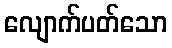
လျောက်ပတ်သော